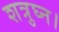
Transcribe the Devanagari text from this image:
शत्रुघ्न।